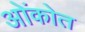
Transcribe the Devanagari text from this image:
ओंकोत